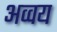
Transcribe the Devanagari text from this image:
अव्वय